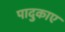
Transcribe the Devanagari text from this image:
पादुकाए